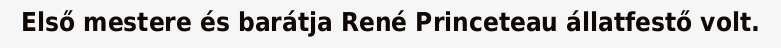
Első mestere és barátja René Princeteau állatfestő volt.